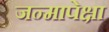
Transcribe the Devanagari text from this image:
जन्मापेक्षा